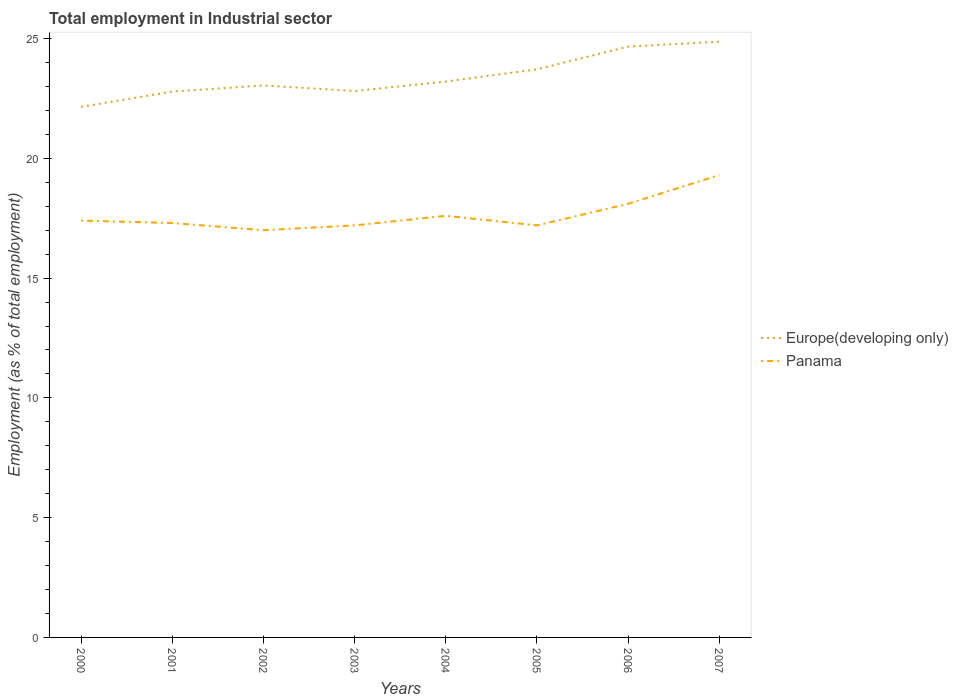
| Years | Europe(developing only) | Panama |
 | --- | --- | --- |
 | 2000 | 22.1 | 17.4 |
 | 2001 | 22.8 | 17.3 |
 | 2002 | 23 | 17 |
 | 2003 | 22.8 | 17.2 |
 | 2004 | 23.2 | 17.6 |
 | 2005 | 23.7 | 17.2 |
 | 2006 | 24.7 | 18.1 |
 | 2007 | 24.9 | 19.3 |